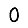
Digit: 0